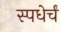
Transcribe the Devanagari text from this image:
स्पधेर्चं